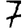
Digit: 7